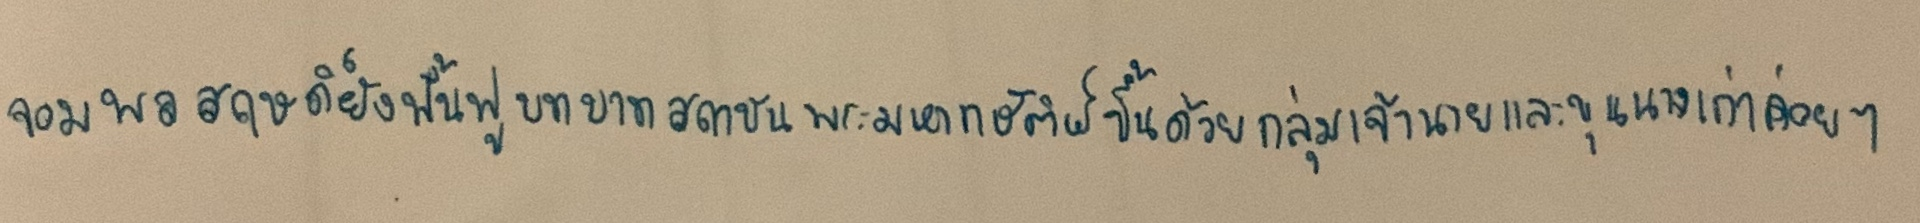
จอมพลสฤษดิ์ยังฟื้นฟูบทบาทสถาบันพระมหากษัตริย์ขึ้นด้วยกลุ่มเจ้านายและขุนนางเก่าค่อยๆ